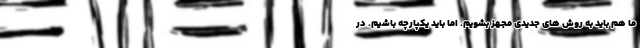
ما هم باید به روش های جدیدی مجهز بشویم. اما باید یکپارچه باشیم. در